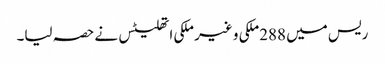
ریس میں 288ملکی و غیر ملکی اتھلیٹس نے حصہ لیا۔